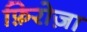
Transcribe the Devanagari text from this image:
फ़िरोज़ा